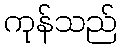
ကုန်သည်